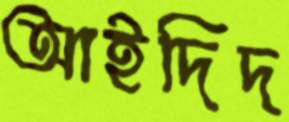
আইদিদ